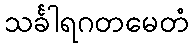
သင်္ခါရဂတမေတံ